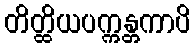
တိတ္ထိယပက္ကန္တကာပိ